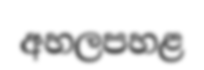
අහලපහළ